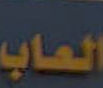
العاب